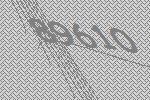
89610